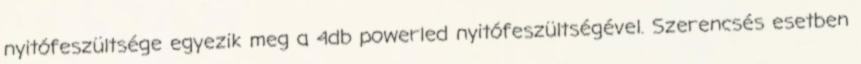
nyitófeszültsége egyezik meg a 4db powerled nyitófeszültségével. Szerencsés esetben